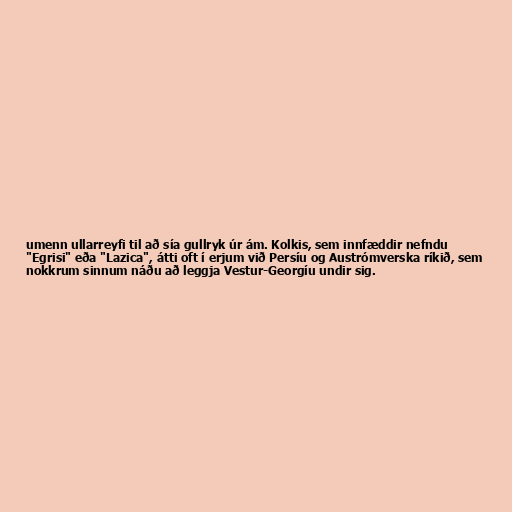
umenn ullarreyfi til að sía gullryk úr ám. Kolkis, sem innfæddir nefndu
"Egrisi" eða "Lazica", átti oft í erjum við Persíu og Austrómverska ríkið, sem
nokkrum sinnum náðu að leggja Vestur-Georgíu undir sig.